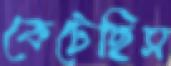
কেটেছিস